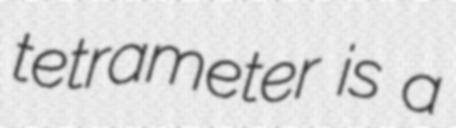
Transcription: tetrameter is a